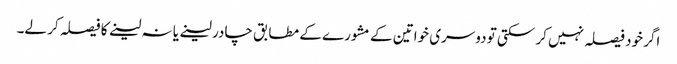
اگر خود فیصلہ نہیں کر سکتی تو دوسری خواتین کے مشورے کے مطابق چادر لینے یا نہ لینے کا فیصلہ کر لے۔